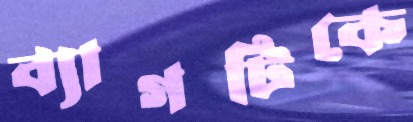
ব্যাগটিকে